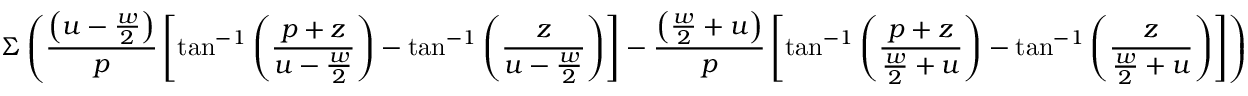
\Sigma \left( \frac { \left( u - \frac { w } { 2 } \right) } { p } \left[ \tan ^ { - 1 } \left( \frac { p + z } { u - \frac { w } { 2 } } \right) - \tan ^ { - 1 } \left( \frac { z } { u - \frac { w } { 2 } } \right) \right] - \frac { \left( \frac { w } { 2 } + u \right) } { p } \left[ \tan ^ { - 1 } \left( \frac { p + z } { \frac { w } { 2 } + u } \right) - \tan ^ { - 1 } \left( \frac { z } { \frac { w } { 2 } + u } \right) \right] \right)